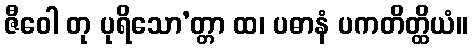
ဇီဝေါ တု ပုရိသော’တ္တာ ထ၊ ပဓာနံ ပကတိတ္ထိယံ။